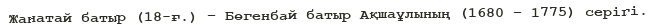
Жанатай батыр (18-ғ.) – Бөгенбай батыр Ақшаұлының (1680 – 1775) серігі.